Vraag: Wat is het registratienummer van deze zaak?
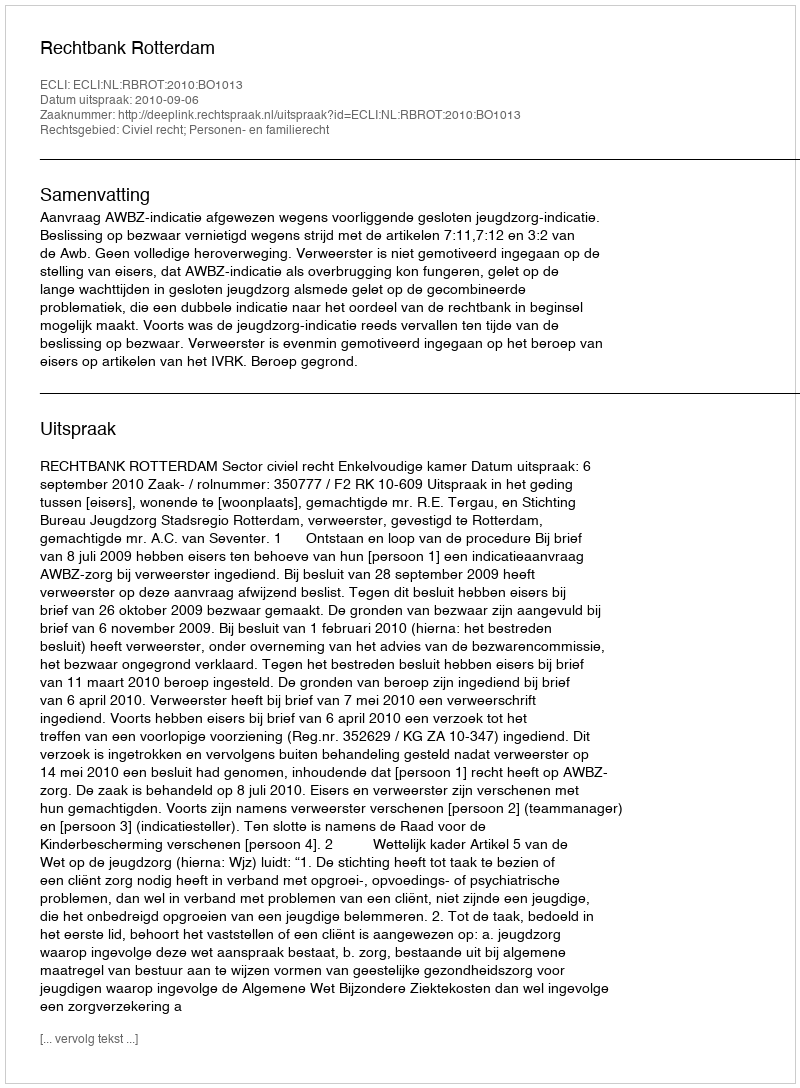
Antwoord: http://deeplink.rechtspraak.nl/uitspraak?id=ECLI:NL:RBROT:2010:BO1013